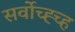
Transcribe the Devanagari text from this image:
सर्वोच्ह्च्ह